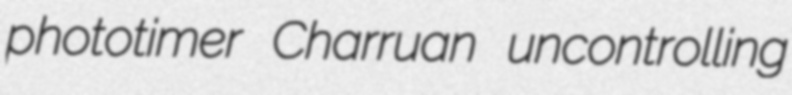
phototimer Charruan uncontrolling